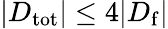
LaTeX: |D_{\mathrm{tot}}|\leq 4|D_{\mathrm{f}}|